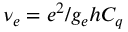
\nu _ { e } = e ^ { 2 } / g _ { e } h C _ { q }